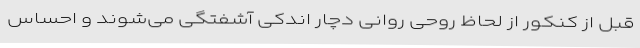
قبل از کنکور از لحاظ روحی روانی دچار اندکی آشفتگی می‌شوند و احساس